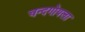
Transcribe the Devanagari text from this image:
चन्दगोयला